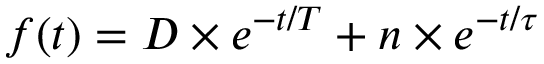
f ( t ) = D \times e ^ { - t / T } + n \times e ^ { - t / \tau }